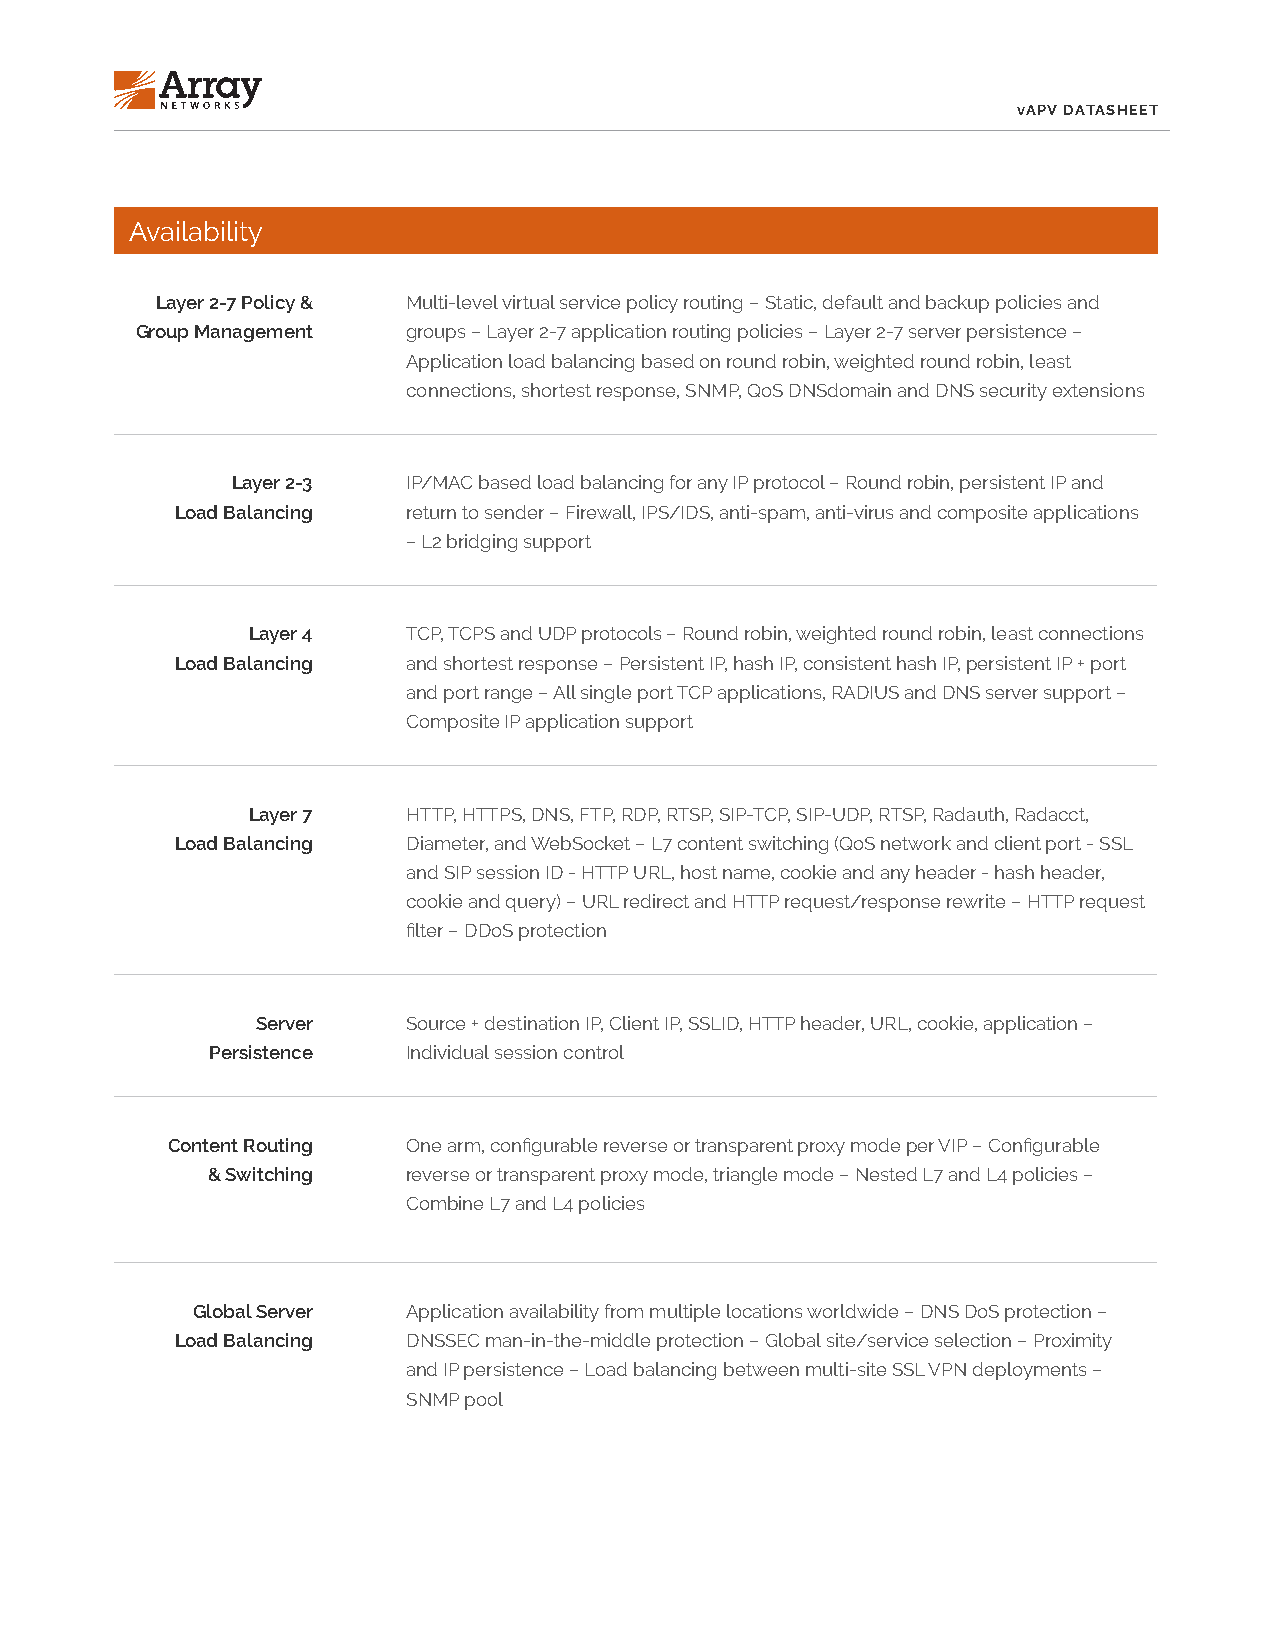
vAPV DATASHEET
 Availability
 Layer 2-7 Policy & Multi-level virtual service policy routing – Static, default and backup policies and
 Group Management  groups – Layer 2-7 application routing policies – Layer 2-7 server persistence –
 Application load balancing based on round robin, weighted round robin, least
 connections, shortest response, SNMP, QoS DNSdomain and DNS security extensions
 Layer 2-3   IP/MAC based load balancing for any IP protocol – Round robin, persistent IP and
 Load Balancing return to sender – Firewall, IPS/IDS, anti-spam, anti-virus and composite applications
 – L2 bridging support
 Layer 4    TCP, TCPS and UDP protocols – Round robin, weighted round robin, least connections
 Load Balancing and shortest response – Persistent IP, hash IP, consistent hash IP, persistent IP + port
 and port range – All single port TCP applications, RADIUS and DNS server support –
 Composite IP application support
 Layer 7    HTTP, HTTPS, DNS, FTP, RDP, RTSP, SIP-TCP, SIP-UDP, RTSP, Radauth, Radacct,
 Load Balancing Diameter, and WebSocket – L7 content switching (QoS network and client port - SSL
 and SIP session ID - HTTP URL, host name, cookie and any header - hash header,
 cookie and query) – URL redirect and HTTP request/response rewrite – HTTP request
 filter – DDoS protection
 Server    Source + destination IP, Client IP, SSLID, HTTP header, URL, cookie, application –
 Persistence  Individual session control
 Content Routing One arm, configurable reverse or transparent proxy mode per VIP – Configurable
 & Switching  reverse or transparent proxy mode, triangle mode – Nested L7 and L4 policies –
 Combine L7 and L4 policies
 Global Server Application availability from multiple locations worldwide – DNS DoS protection –
 Load Balancing DNSSEC man-in-the-middle protection – Global site/service selection – Proximity
 and IP persistence – Load balancing between multi-site SSL VPN deployments –
 SNMP pool